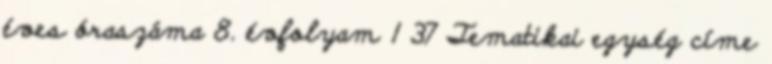
éves óraszáma 8. évfolyam 1 37 Tematikai egység címe